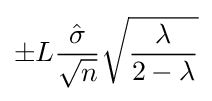
\pm L{\frac {\hat {\sigma }}{\sqrt {n}}}{\sqrt {\frac {\lambda }{2-\lambda }}}